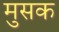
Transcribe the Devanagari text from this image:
मुसक